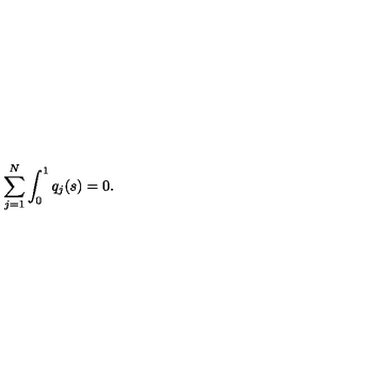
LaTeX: \sum _ { j = 1 } ^ { N } \int _ { 0 } ^ { 1 } q _ { j } ( s ) = 0 .